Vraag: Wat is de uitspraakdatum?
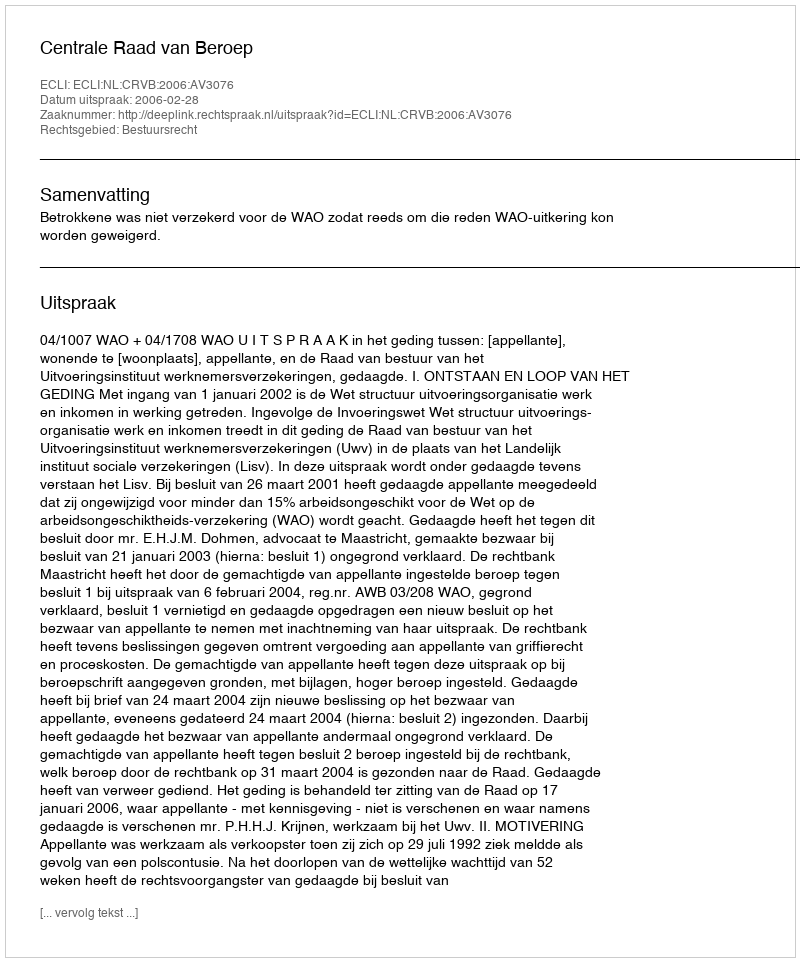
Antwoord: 2006-02-28